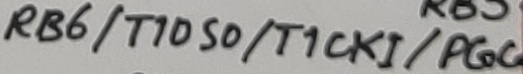
Text: RB6/T1050/T1CKi/PGC